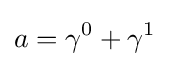
a=\gamma ^{0}+\gamma ^{1}